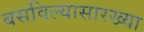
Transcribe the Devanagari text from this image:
बसविल्यासारख्या